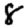
Digit: 8